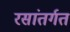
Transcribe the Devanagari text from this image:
रसांतर्गत